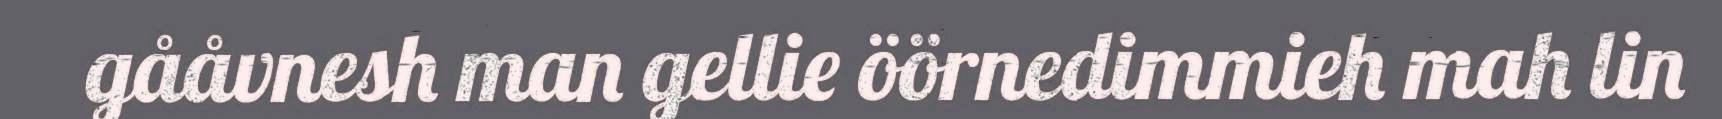
gååvnesh man gellie öörnedimmieh mah lin